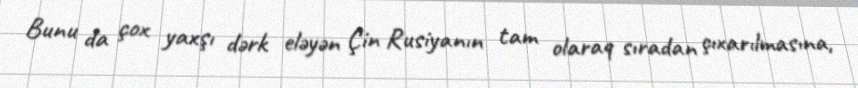
Bunu da çox yaxşı dərk eləyən Çin Rusiyanın tam olaraq sıradan çıxarılmasına,